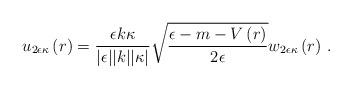
LaTeX: \begin{align*}u_{2\epsilon\kappa}\left(r\right)=\frac{\epsilon k\kappa}{\vert\epsilon\vert\vert k\vert\vert\kappa\vert}\sqrt{\frac{\epsilon-m-V\left(r\right)}{2\epsilon}}w_{2\epsilon\kappa}\left(r\right)\,.\end{align*}